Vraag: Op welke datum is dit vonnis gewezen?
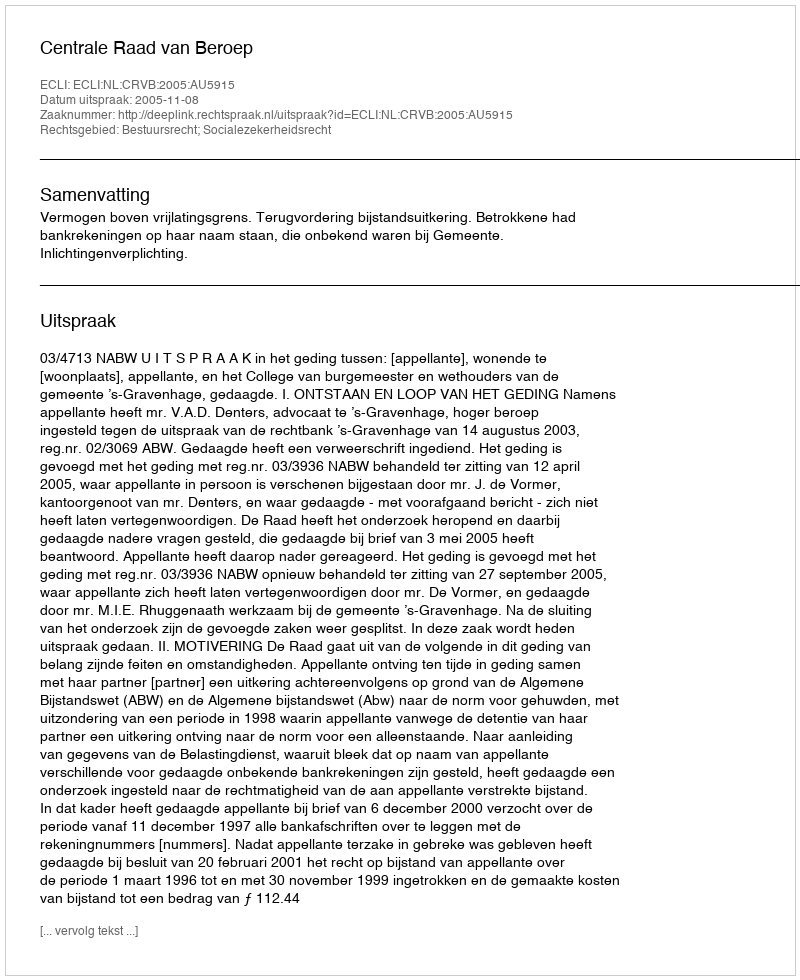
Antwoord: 2005-11-08